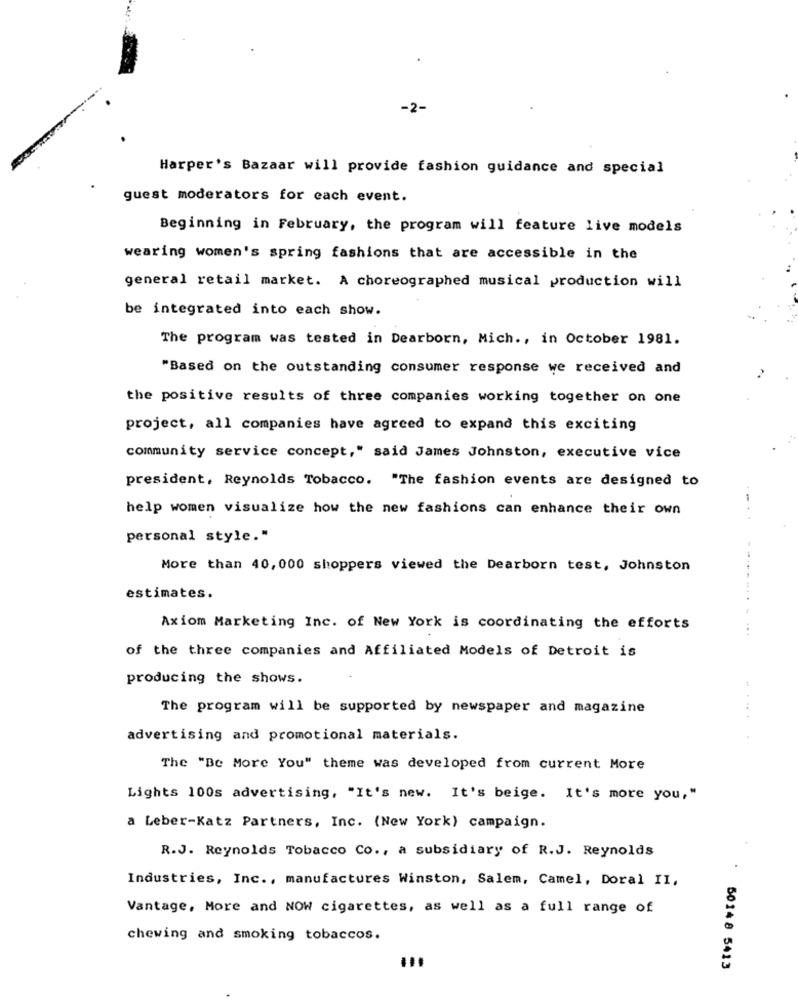
-2-
Harper's Bazaar will provide fashion guidance and special
guest moderators for each event.
Beginning in February, the program will feature live models
wearing women's spring fashions that are accessible in the
general retail market. A choreographed musical production will
be integrated into each show.
The program was tested in Dearborn, Mich ., in October 1981.
"Based on the outstanding consumer response we received and
the positive results of three companies working together on one
project, all companies have agreed to expand this exciting
community service concept," said James Johnston, executive vice
president, Reynolds Tobacco. "The fashion events are designed to
help women visualize how the new fashions can enhance their own
personal style."
More than 40, 000 shoppers viewed the Dearborn test, Johnston
estimates.
Axiom Marketing Inc. of New York is coordinating the efforts
of the three companies and Affiliated Models of Detroit is
producing the shows.
The program will be supported by newspaper and magazine
..
advertising and promotional materials.
The "Be More You" theme was developed from current More
Lights 100s advertising, "It's new. It's beige. It's more you,"
a Leber-Katz Partners, Inc. (New York) campaign.
R.J. Reynolds Tobacco Co ., a subsidiary of R.J. Reynolds
Industries, Inc ., manufactures Winston, Salem, Camel, Doral II,
Vantage, More and NOW cigarettes, as well as a full range of
chewing and smoking tobaccos.
50148 5413